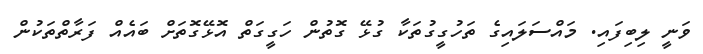
ވަނީ ލިބިފައި. މައްސަަލައިގެ ތަހުގީގުތަކާ ގުޅޭ ގޮތުން ހަގީގަތް އޮޅޭގޮތަށް ބައެެއް ފަރާތްތަކުން